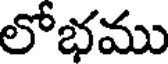
లోభము